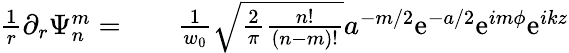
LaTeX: \begin{array}{rlr}{\frac{1}{r}\partial_{r}\Psi_{n}^{m}=}&{{}}&{\frac{1}{w_{0}}\sqrt{\frac{2}{\pi}\frac{n!}{(n-m)!}}a^{-m/2}\mathrm{e}^{-a/2}\mathrm{e}^{im\phi}\mathrm{e}^{ikz}}\end{array}